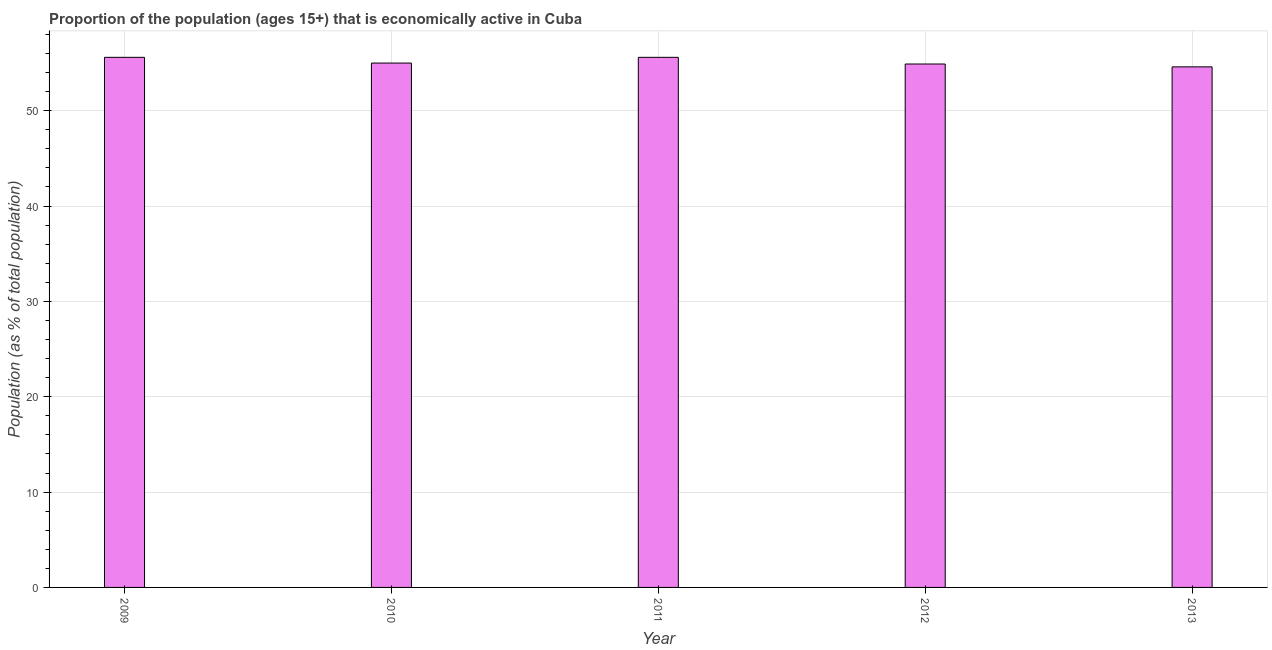
| Year | Labor force participation rate total |
 | --- | --- |
 | 2009 | 55.6 |
 | 2010 | 55 |
 | 2011 | 55.6 |
 | 2012 | 54.9 |
 | 2013 | 54.6 |